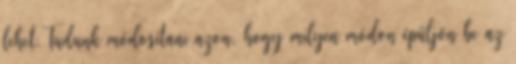
lehet.Tudunk módosítani azon, hogy milyen módon épüljön be az